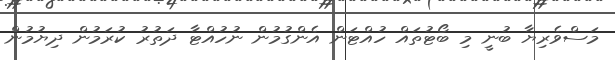
މަސްވެރިޔާ ބުނީ މި ބޯޓުތައް ހުއްޓަން އެންގުމުން ނުހުއްޓާ ދަތުރު ކުރަމުން ދިޔުމުން